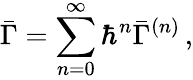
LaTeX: \bar{\Gamma}=\sum_{n=0}^{\infty}{\hbar}^{n}\bar{\Gamma}^{(n)}\, ,